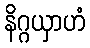
နိဂ္ဂယှာဟံ